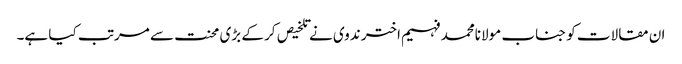
ان مقالات کو جناب مولانامحمد فہیم اختر ندوی نے تلخیص کر کے بڑی محنت سے مرتب کیا ہے۔